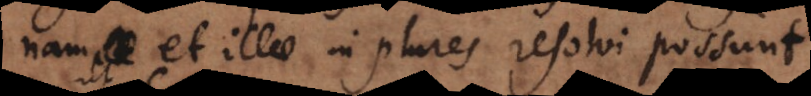
nam et illae in plures resolvi possunt